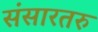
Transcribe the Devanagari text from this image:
संसारतरु